65_HS1-834228961_62-HQ-83894_Section_5
Agency: FBI
Page 114
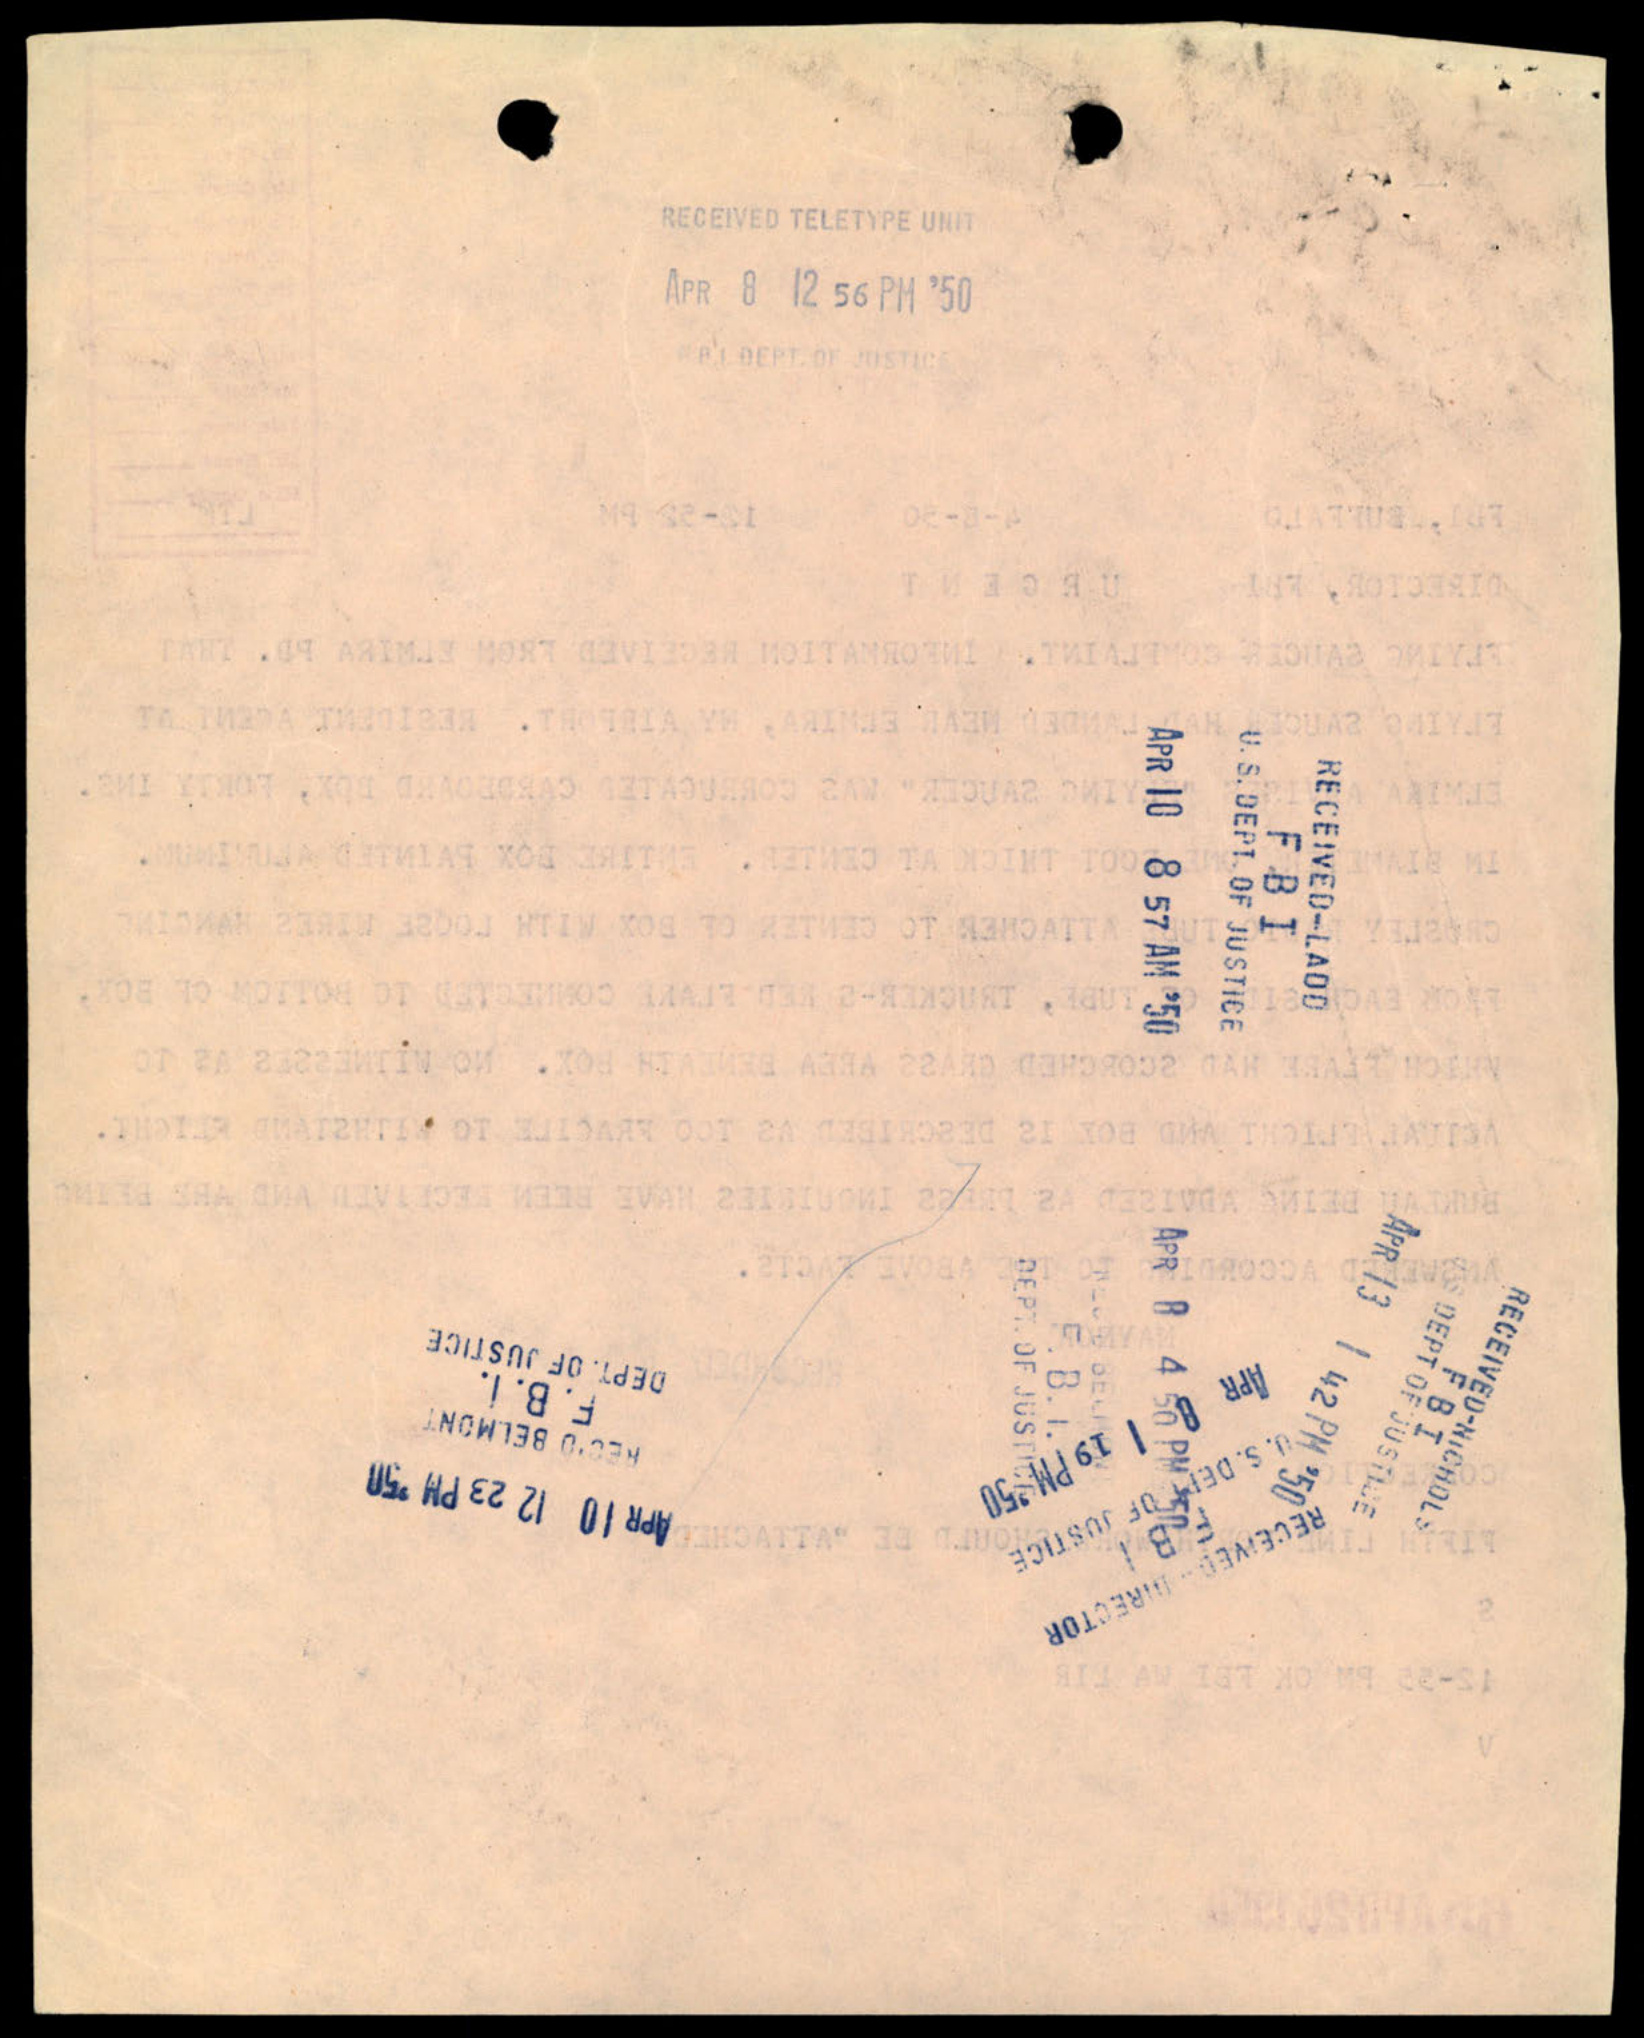